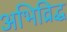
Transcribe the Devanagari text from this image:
अभिव्रिद्ध